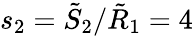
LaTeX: s_{2}=\tilde{S}_{2}/\tilde{R}_{1}=4